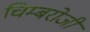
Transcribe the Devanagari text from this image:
चिम्बरोजी